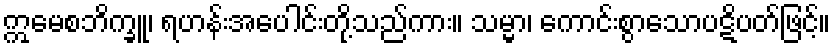
ဣမေစဘိက္ခူ၊ ရဟန်းအပေါင်းတို့သည်ကား။ သမ္မာ၊ ကောင်းစွာသောပဋိပတ်ဖြင့်။